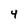
Character: 4